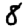
Digit: 8